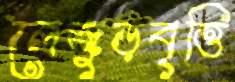
লেজুড়বৃত্তি